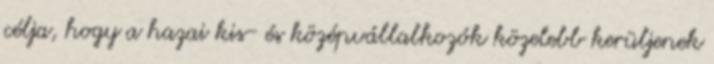
célja, hogy a hazai kis- és középvállalkozók közelebb kerüljenek